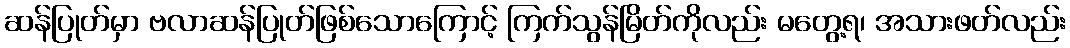
ဆန်ပြုတ်မှာ ဗလာဆန်ပြုတ်ဖြစ်သောကြောင့် ကြက်သွန်မြိတ်ကိုလည်း မတွေ့ရ၊ အသားဖတ်လည်း